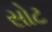
સોટ